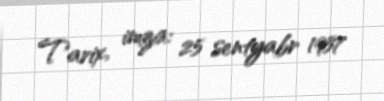
Tarix, imza: 25 sentyabr 1957